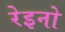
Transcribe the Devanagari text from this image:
रेइनो